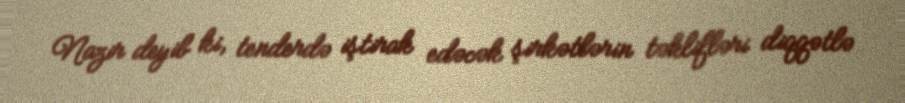
Nazir deyib ki, tenderdə iştirak edəcək şirkətlərin təklifləri diqqətlə